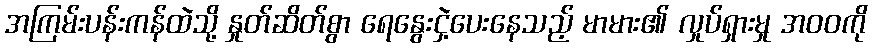
အကြမ်းပန်းကန်ထဲသို့ နှုတ်ဆိတ်စွာ ရေနွေးငှဲ့ပေးနေသည့် မာမား၏ လှုပ်ရှားမှု အဝဝကို